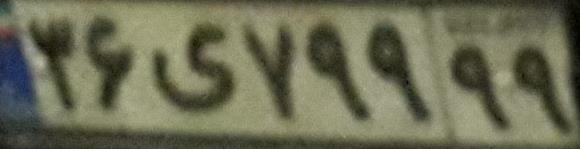
۳۶ی۷۹۹۹۹